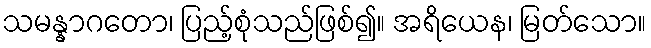
သမန္နာဂတော၊ ပြည့်စုံသည်ဖြစ်၍။ အရိယေန၊ မြတ်သော။